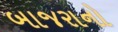
બાજરાનો